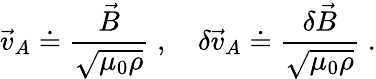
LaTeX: \vec{v}_{A}\doteq\frac{\vec{B}}{\sqrt{\mu_{0}\rho}}\; ,\quad\delta\vec{v}_{A}\doteq\frac{\delta\vec{B}}{\sqrt{\mu_{0}\rho}}\; .